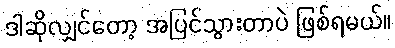
ဒါဆိုလျှင်တော့ အပြင်သွားတာပဲ ဖြစ်ရမယ်။